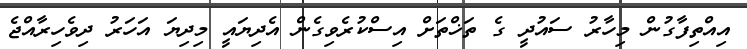
އިއްތިފާގުން މިހާރު ސައުދީ ގެ ތަޚްތަށް އިސްކުރެވިގެން އެދިޔައީ މިދިޔަ އަހަރު ދިވެހިރާއްޖެ